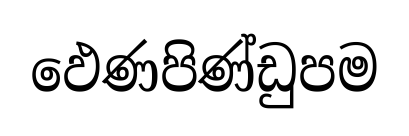
ඵෙණපිණ්ඩුපම